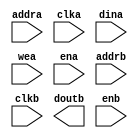
`timescale 1ns / 1ns

// verilator lint_off UNUSED
// verilator lint_off UNDRIVEN

module video_buffer_1
    (
        input wire [14:0] addra,
        input wire clka,
        input wire [1:0] dina,
        input wire wea,
        input wire ena,
        input wire [14:0] addrb,
        input wire clkb,
        output wire [1:0] doutb,
        input wire enb
    );
endmodule

// verilator lint_on UNUSED
// verilator lint_on UNDRIVEN